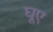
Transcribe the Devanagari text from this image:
घूए